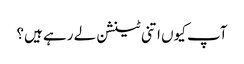
آپ کیوں اتنی ٹینشن لے رہے ہیں؟